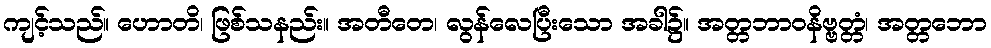
ကျင့်သည်။ ဟောတိ၊ ဖြစ်သနည်း။ အတီတေ၊ လွန်လေပြီးသော အခါ၌။ အတ္တဘာဝနိဗ္ဗတ္တံ၊ အတ္တဘော